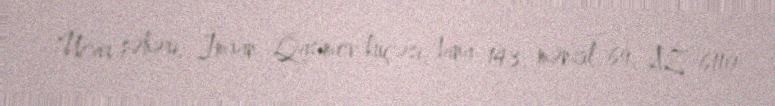
Ucar şəhəri, İmran Qasımov küçəsi, bina 143, mənzil 69, AZ 6110